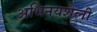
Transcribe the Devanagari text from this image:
अभिनयशैली